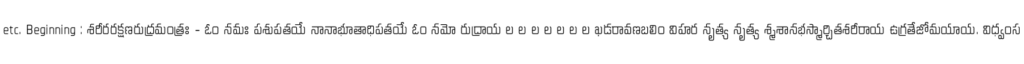
etc. Beginning : శరీరరక్షణరుద్రమంత్రః - ఓం నమః పశుపతయే నానాభూతాధిపతయే ఓం నమో రుద్రాయ ల ల ల ల ల ల ల ఖడరావణబలిం విహర నృత్య నృత్య శ్మశానభస్మార్చితశరీరాయ ఉగ్రతేజోమయాయ. విధ్వంస